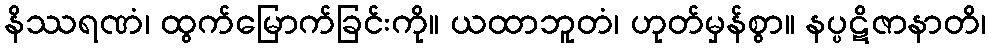
နိဿရဏံ၊ ထွက်မြောက်ခြင်းကို။ ယထာဘူတံ၊ ဟုတ်မှန်စွာ။ နပ္ပဋိဇာနာတိ၊